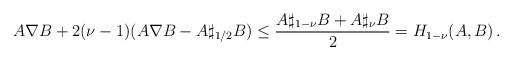
LaTeX: \begin{align*}A\nabla B+2(\nu-1)(A\nabla B-A\sharp_{1/2}B)\leq \frac {A\sharp_{1-\nu}B+A\sharp_{\nu}B}{2}= H_{1-\nu}(A,B)\,. \end{align*}